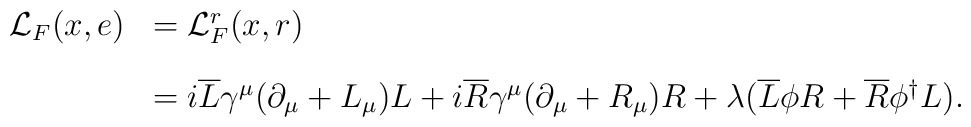
\begin{array}{cl}{\cal{L}}_{F}(x,e)&={\cal{L}}^r_{F}(x,r)\\[4mm]&=i\overline{L}\gamma^{\mu}({\partial}_\mu+L_\mu)L+i\overline{R}\gamma^{\mu}({\partial}_{\mu}+R_\mu)R+\lambda (\overline{L}\phi{R}+\overline{R}{\phi}^{\dag}L).\end{array}